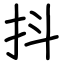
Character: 抖